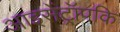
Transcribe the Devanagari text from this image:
आइसेंट्रॉपकि